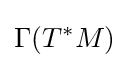
\Gamma {\mathord {\left(T^{*}M\right)}}